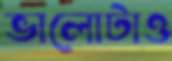
ভালোটাও